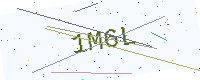
Text: 1M6L